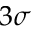
3 \sigma